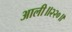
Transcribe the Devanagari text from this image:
आली॥२२०॥